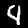
Label: 4